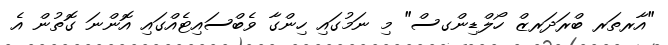
"އާރތަރ ބްރަދަރޒް ހޯލްޑިންގސް" މި ނަމުގައި ހިންގާ ވެބްސައިޓެއްގައި އޮންނަ ގޮތުން އެ